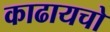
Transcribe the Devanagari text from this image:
काढायचो